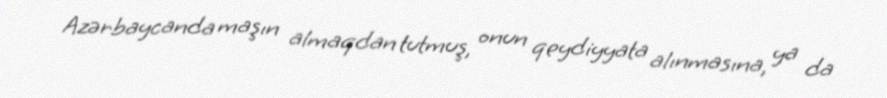
Azərbaycanda maşın almaqdan tutmuş, onun qeydiyyata alınmasına, ya da